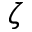
\zeta